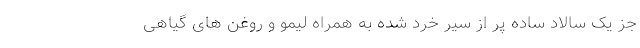
جز یک سالاد ساده پر از سیر خرد شده به همراه لیمو و روغن های گیاهی